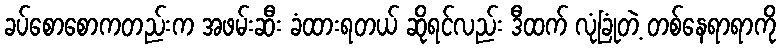
ခပ်စောစောကတည်းက အဖမ်းဆီး ခံထားရတယ် ဆိုရင်လည်း ဒီထက် လုံခြုံတဲ့ တစ်နေရာရာကို